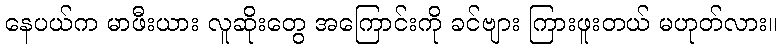
နေပယ်က မာဖီးယား လူဆိုးတွေ အကြောင်းကို ခင်ဗျား ကြားဖူးတယ် မဟုတ်လား။